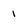
Character: I